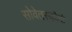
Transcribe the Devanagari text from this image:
सोवेतस्कोगो